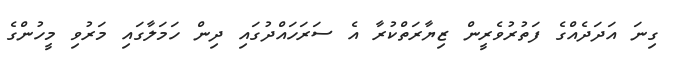
ގިނަ އަދަދެއްގެ ފަތުރުވެރީން ޒިޔާރަތްކުރާ އެ ސަރަހައްދުގައި ދިން ހަމަލާގައި މަރުވި މީހުންގެ